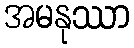
အမနုဿာ